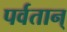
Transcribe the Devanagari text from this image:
पर्वतान्